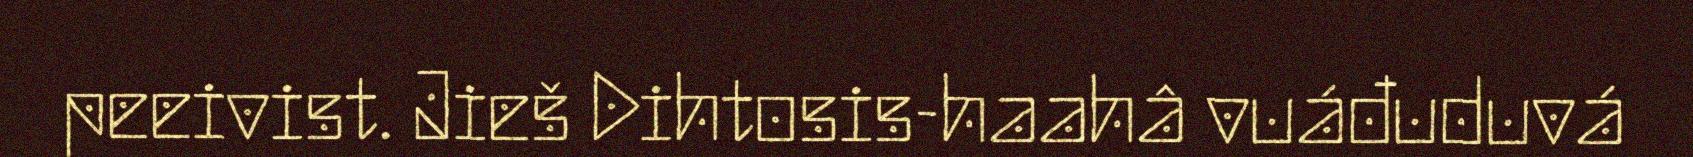
peeivist. Jieš Dihtosis-haahâ vuáđuduvá